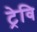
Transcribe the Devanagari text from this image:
ट्रेवि